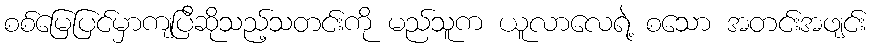
စစ်မြေပြင်မှာကျပြီဆိုသည့်သတင်းကို မည်သူက ယူလာလေရဲ့ စသော အတင်းအဖျင်း